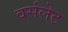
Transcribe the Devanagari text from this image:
वर्सलेट